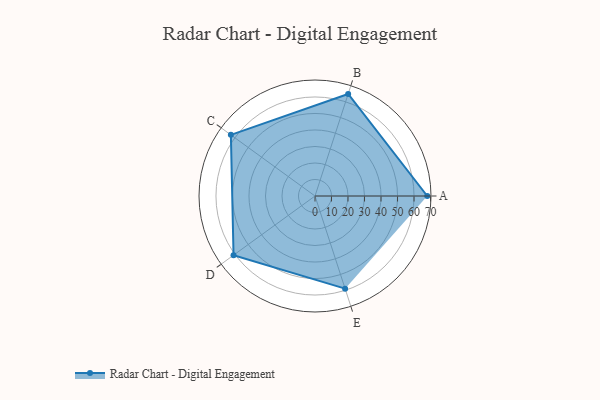
{"axis": {"x": "Skill", "y": "Score"}, "legend": ["Profile"], "data": [{"x": "A", "y": 68.0, "type": "Profile"}, {"x": "B", "y": 65.0, "type": "Profile"}, {"x": "C", "y": 63.0, "type": "Profile"}, {"x": "D", "y": 61.0, "type": "Profile"}, {"x": "E", "y": 59.0, "type": "Profile"}]}